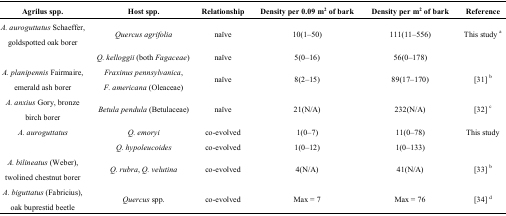
| Agrilus spp. | Host spp. | Relationship | Density per 0.09 m2 of bark | Density per m2 of bark | Reference |
 | --- | --- | --- | --- | --- | --- |
 | A. auroguttatus Schaeffer, goldspotted oak borer | Quercus agrifolia | naïve | 10(1–50) | 111(11–556) | This study a |
 |  | Q. kelloggii (both Fagaceae) | naïve | 5(0–16) | 56(0–178) |  |
 | A. planipennis Fairmaire, emerald ash borer | Fraxinus pennsylvanica, F. americana (Oleaceae) | naïve | 8(2–15) | 89(17–170) | [31] b |
 | A. anxius Gory, bronze birch borer | Betula pendula (Betulaceae) | naïve | 21(N/A) | 232(N/A) | [32] c |
 | A. auroguttatus | Q. emoryi | co-evolved | 1(0–7) | 11(0–78) | This study |
 |  | Q. hypoleucoides | co-evolved | 1(0–12) | 1(0–133) |  |
 | A. bilineatus (Weber), twolined chestnut borer | Q. rubra, Q. velutina | co-evolved | 4(N/A) | 41(N/A) | [33] b |
 | A. biguttatus (Fabricius), oak buprestid beetle | Quercus spp. | co-evolved | Max = 7 | Max = 76 | [34] d |